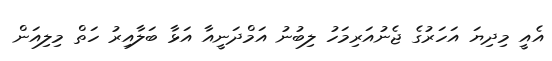
އެއީ މިދިޔަ އަހަރުގެ ޖެނުއަރިމަހު ލިބުނު އަމްދަނީއާ އަޅާ ބަލާއިރު ހަތް މިލިއަން